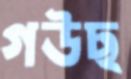
গউছ